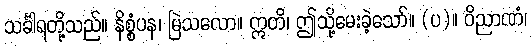
သင်္ခါရတို့သည်။ နိစ္စံပန၊ မြဲသလော။ ဣတိ၊ ဤသို့မေးခဲ့သော်။ (ပ)။ ဝိညာဏံ၊